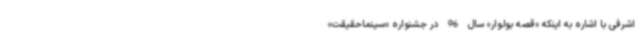
اشرفی با اشاره به اینکه «قصه بولوار» سال 96 در جشنواره «سینماحقیقت»